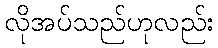
လိုအပ်သည်ဟုလည်း